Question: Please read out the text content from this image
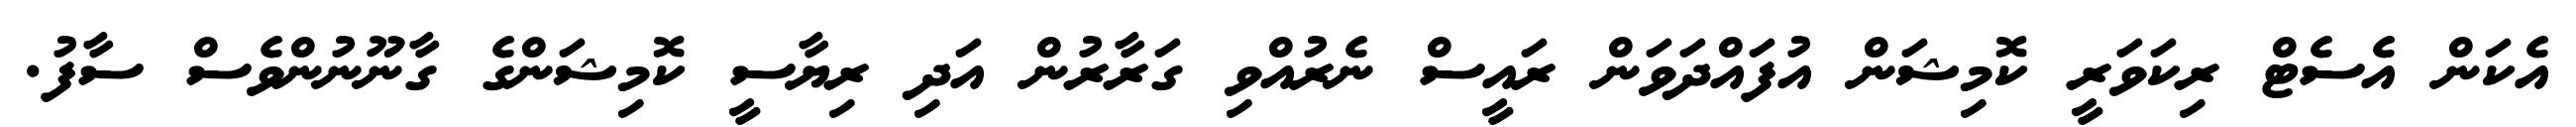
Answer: އެކަން އެސެޓް ރިކަވަރީ ކޮމިޝަން އުފައްދަވަން ރައީސް ނެރުއްވި ގަރާރުން އަދި ރިޔާސީ ކޮމިޝަންގެ ގާނޫނުންވެސް ސާފު.